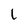
Character: L